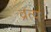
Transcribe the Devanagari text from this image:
व्रत्य